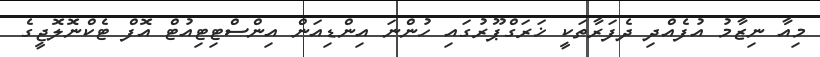
މިއާ ނިޒާމު އުފެއްދި ދެފަރާތަކީ ޚަރަގްޕޫރުގައި ހުންނަ އިންޑިއަން އިންސްޓިޓިއުޓް އޮފް ޓެކްނޮލޮޖީގެ